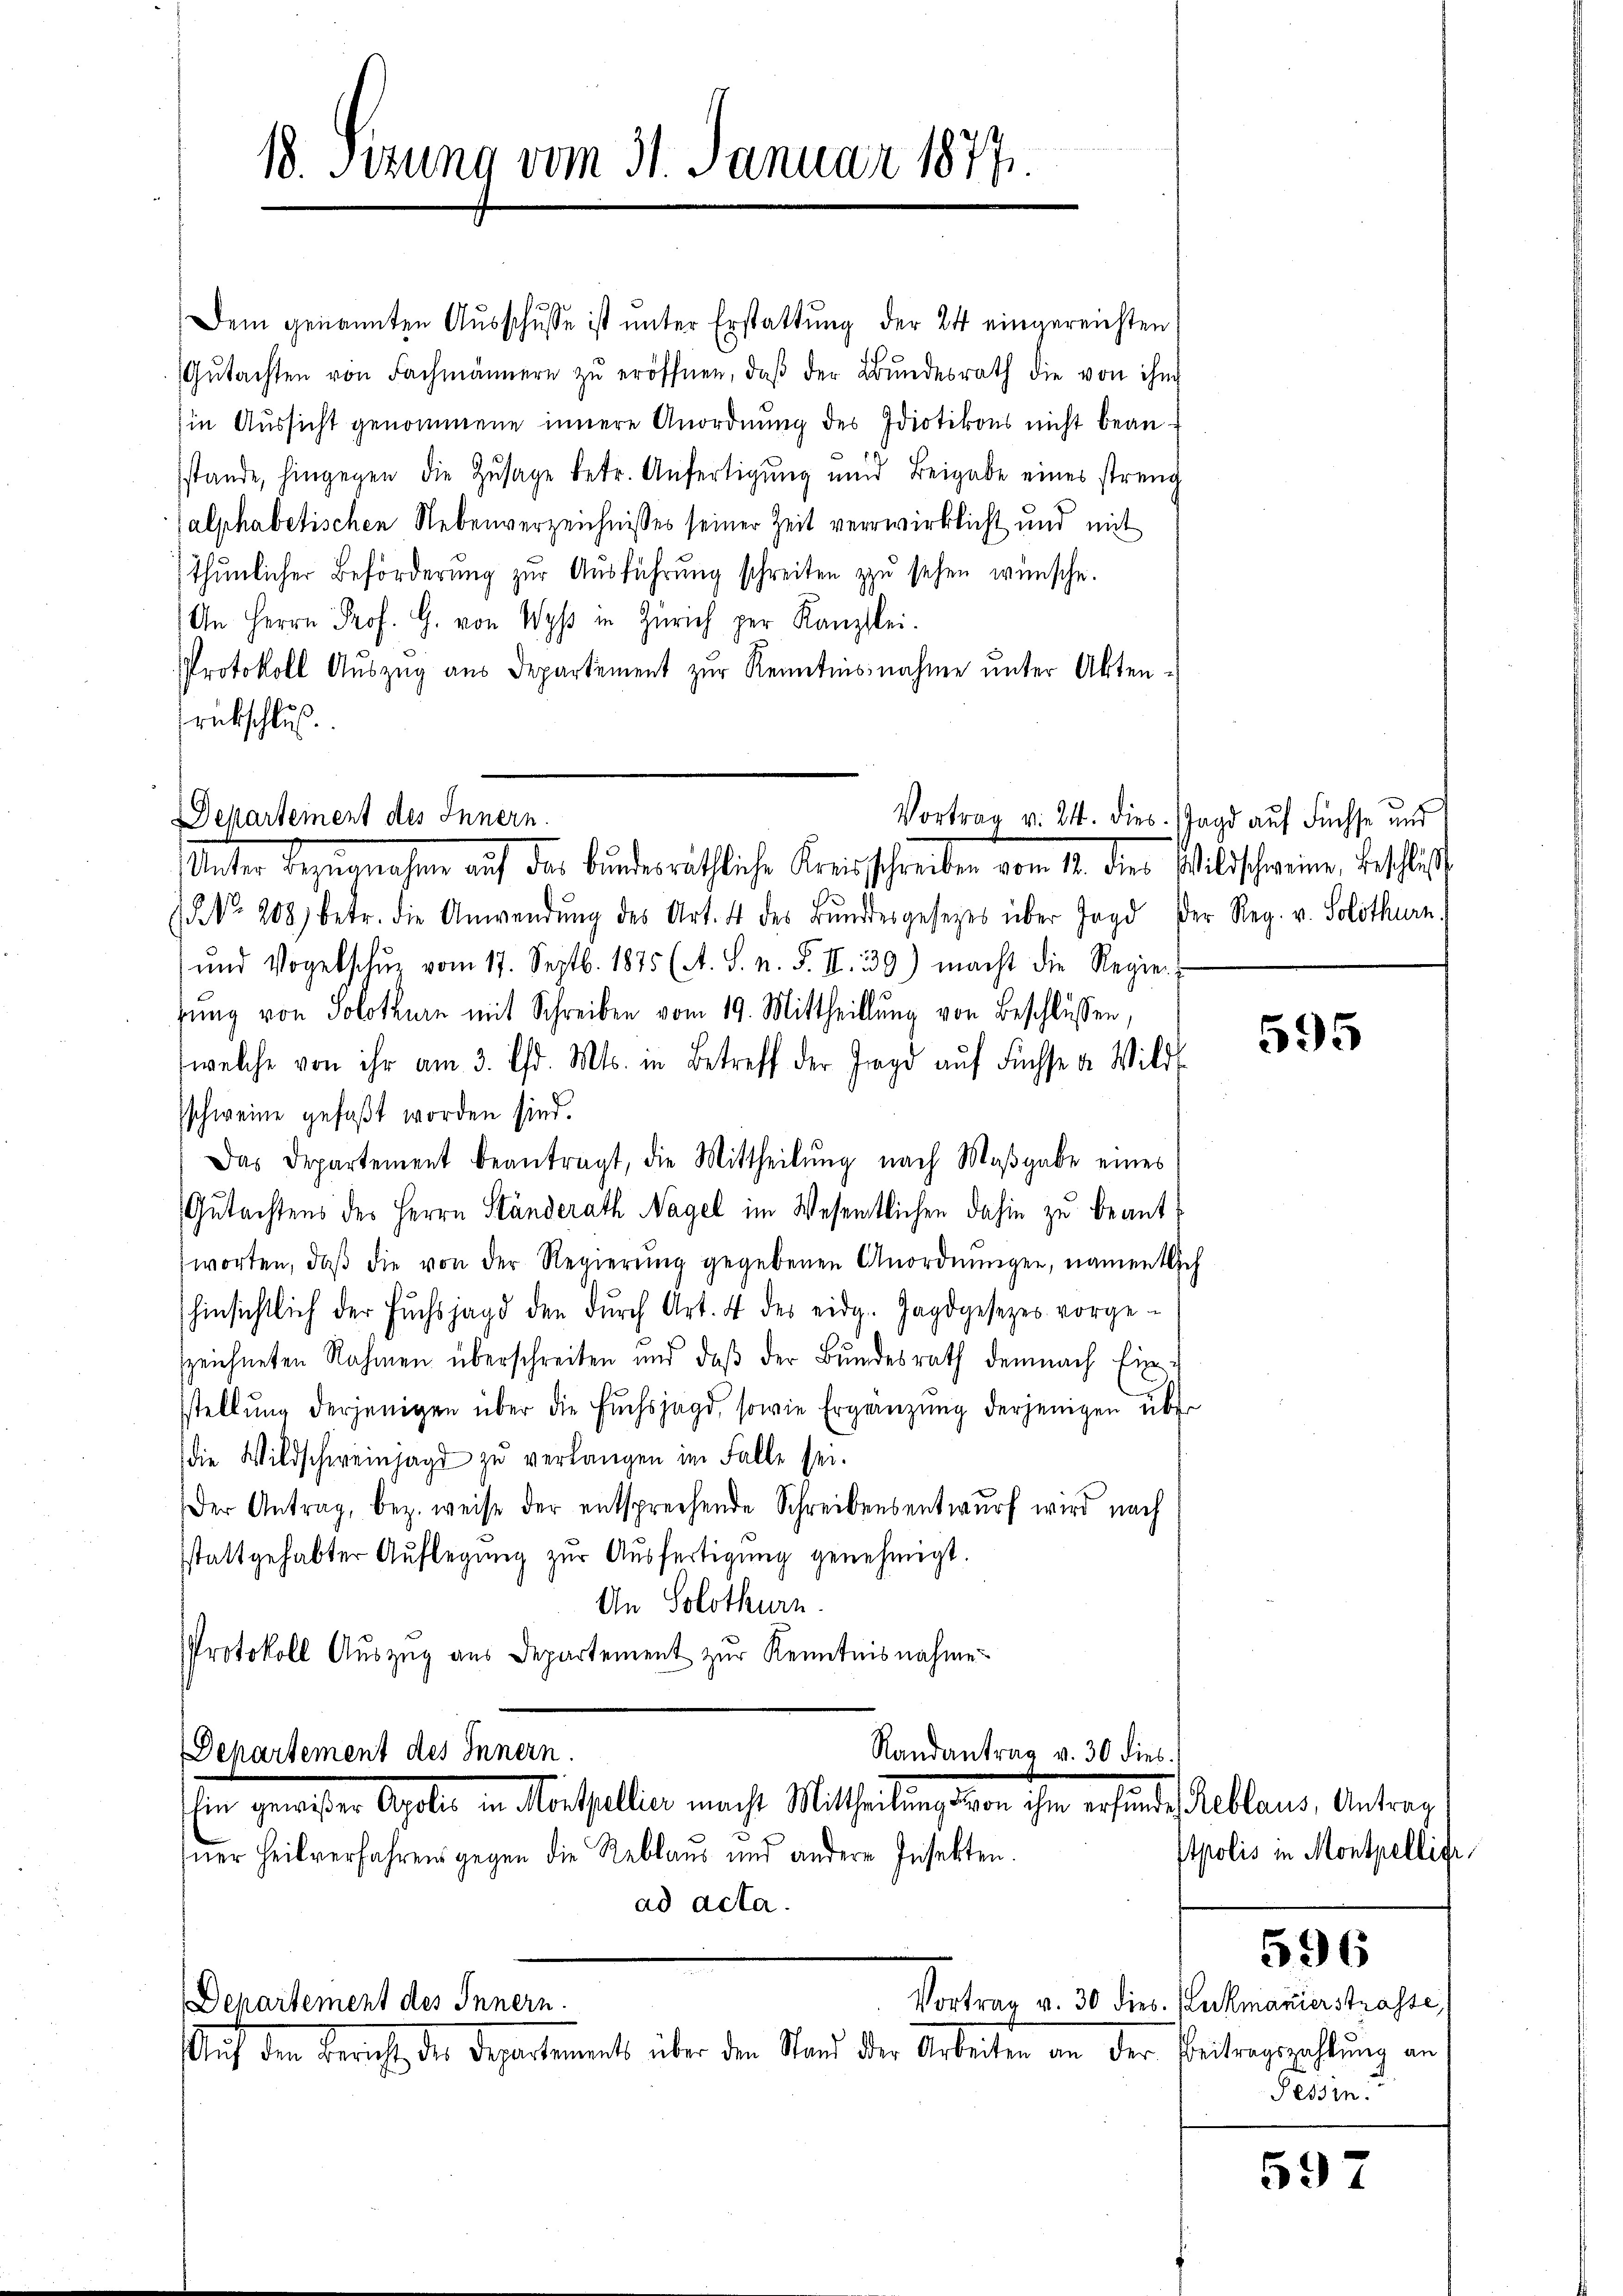
18. Sizung vom 31. Januar 1877.

Dem genannten Aŭsschusse ist ŭnter Erstattŭng der 24 eingereichten
Gŭtachten von Fachmännern zŭ eröffnen, daβ der Bŭndesrath die von ihm
in Aussicht genommene innere Anordnung des Idiotikons nicht bean-
sstande, hingegen die Zŭsage betr. Anfertigŭng und Beigabe eines streng
alphabetischen Nebenverzeichnisses seiner Zeit verwirklicht und mit
thŭnlicher Beförderŭng zŭr Aŭsführŭng schreiben zŭ sehen wünsche.
An Herrn Prof. G. von Wyβ in Zürich per Kanzlei.
Protokoll Aŭszŭg aŭs Departement zŭr Kenntnisnahme unter Akten-
rückschluß

Departement des Innern.
Vortrag v. 24. dies
Unter Bezugnahmen auf das Bunderäthliche Kreisschreiben vom 12. der Albischeinen beschlich

Departement des Innern.
Ein gewieser Ausler in Vorsthalter macht Mittheilung von ihm erstanden

ner Heilverfahrens gegen die Reblaus und andere Insekten.
ad acta.

No. 208 betr. die Anwendŭng des Art. 4 des Bŭndesgesetzes über Jagd der Reg. v. Solothurn,
und Vogelschŭz vom 17. Septb. 1875 (A. S. n. F. II. 339) macht die Regie-
zung von Solothurn mit Schreiben vom 19. Mittheillung von Beschlüssen,
(welche von ihr am 3. Chr. Mts. in Betreff der Jagd aŭf Füchse u. Wild-
sschweine gefaßt worden sind.
Das Departement beantragt, die Mittheilung nach Maβgabe eines
Gutachtens des Herrn Ständerath Nagel im Wesentlichen dahin zu beantworten, daβ die von der Regierŭng gegebenen Anordnungen, namentlich
hinsichtlich der Fŭchsjagd den dŭrch Art. 4 des eidg. Jagdgesezes vorge-
zzeichneten Rahmen überschreiten und daß der Bundesrath demnach Einstellung derjenigen über die Fŭchsjagd, sowie Ergänzung derjenigen über
die Wildschweinjagt zŭ verlangen im Falle sei.
Der Antrag, bez. weise der entsprechende Schreibensentwurf wird nach
sstattgehabter Auflegŭng zŭr Aŭsfertigung genehmigt.
An Solothurn.
Protokoll Auszug aus Departement zur Kenntnisnahme

Randantrag v. 30 dies

Departement des Innern.
Auf den Bericht, die Departement über den Stand der Arbeiten an der Beitragszahlung an

Vortrag v. 30 dies. (Lukmanierstrasse,

Jagd auf Füchse und

595

Reblaus, Antrag
Apolis in Montpellige

596

Tessin.

597